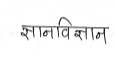
मजकूर: ज्ञानविज्ञान